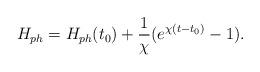
LaTeX: \begin{align*}H_{ph}=H_{ph}(t_0)+\frac{1}{\chi}(e^{\chi (t-t_0)}-1).\end{align*}